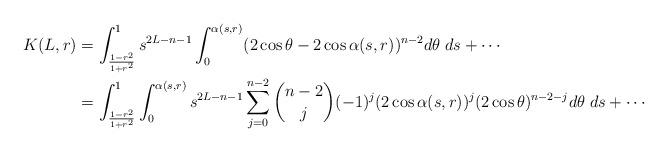
LaTeX: \begin{align*} K(L,r)&=\int_{\frac{1-r^2}{1+r^2}}^{1} s^{2L-n-1}\int_0^{\alpha(s,r)} (2\cos\theta-2\cos\alpha(s,r))^{n-2}d\theta\; ds+\cdots\\ &=\int_{\frac{1-r^2}{1+r^2}}^{1} \int_0^{\alpha(s,r)} s^{2L-n-1} \sum_{j=0}^{n-2} \binom{n-2} {j} (-1)^j (2\cos\alpha(s,r))^j (2\cos\theta)^{n-2-j}d\theta\; ds+\cdots\end{align*}